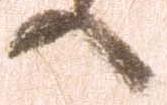
へ